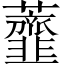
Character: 虀